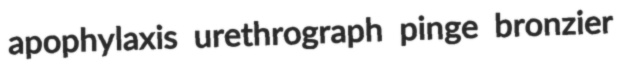
apophylaxis urethrograph pinge bronzier